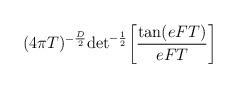
LaTeX: \begin{align*}(4\pi T)^{-{D\over 2}}{\rm det}^{-{1\over 2}}\biggl[{{\rm tan}(eFT)\over eFT}\biggr]\quad \\\end{align*}